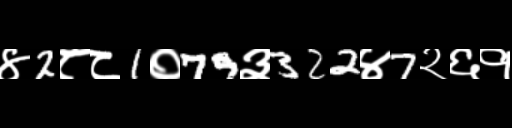
Text: ४2८८1०79३322४7२६१